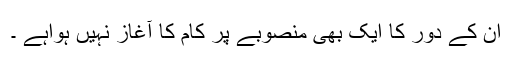
ان کے دور کا ایک بھی منصوبے پر کام کا آغاز نہیں ہواہے ۔